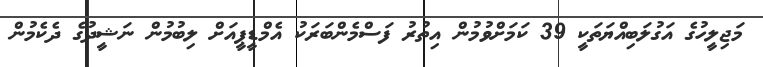
މަޖިލީހުގެ އަގުލަބިއްޔަތަކީ 39 ކަމަށްވުމުން އިތުރު ފަސްމެންބަރަކު އެމްޑީޕީއަށް ލިބުމުން ނަޝީދުގެ ދެކެމުން